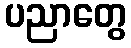
ပညာတွေ